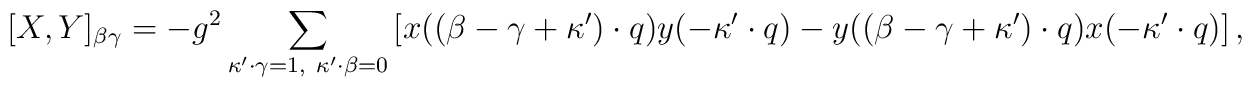
[X,Y]_{\beta \gamma} =-g^2\sum_{\kappa'\cdot\gamma=1,\ \kappa'\cdot\beta=0}		 \left[x((\beta-\gamma+\kappa')\cdot q)y(-\kappa'\cdot q)-		 y((\beta-\gamma+\kappa')\cdot q)x(-\kappa'\cdot q)\right],